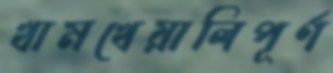
খামখেয়ালিপূর্ণ